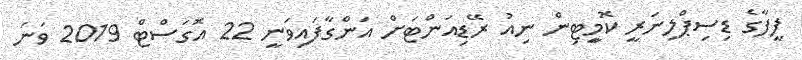
ފީފާގެ ޑިސިޕްލިނަރީ ކޮމިީޓިން ނިއު ރޭޑިއަންޓަށް އަންގާފައިވަނީ 22 އޮގަސްޓް 2019 ވަނަ